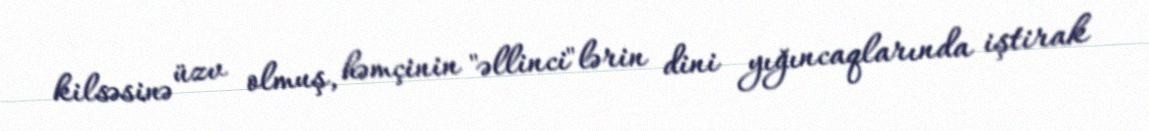
kilsəsinə üzv olmuş, həmçinin "əllinci"lərin dini yığıncaqlarında iştirak